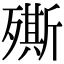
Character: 𣩠